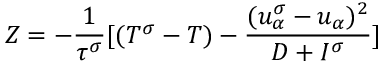
Z = - \frac { 1 } { \tau ^ { \sigma } } [ ( T ^ { \sigma } - T ) - \frac { ( u _ { \alpha } ^ { \sigma } - u _ { \alpha } ) ^ { 2 } } { D + I ^ { \sigma } } ]